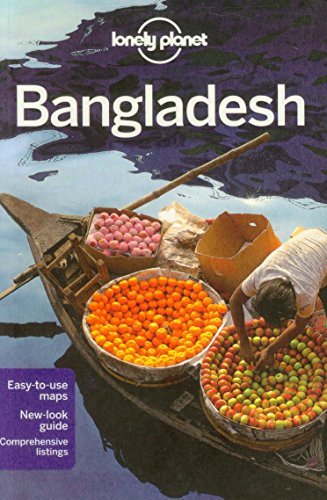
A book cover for By Lonely Planet Lonely Planet Bangladesh (Travel Guide) (7th Edition); Travel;